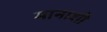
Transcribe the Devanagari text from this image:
मानाशी